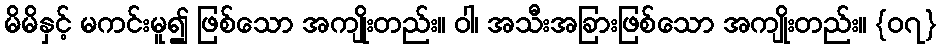
မိမိနှင့် မကင်းမူ၍ ဖြစ်သော အကျိုးတည်း။ ဝါ၊ အသီးအခြားဖြစ်သော အကျိုးတည်း။ {၀၇}